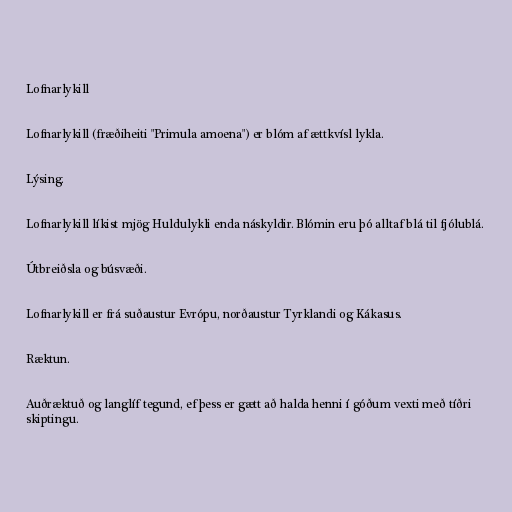
Lofnarlykill

Lofnarlykill (fræðiheiti "Primula amoena") er blóm af ættkvísl lykla.

Lýsing.

Lofnarlykill líkist mjög Huldulykli enda náskyldir. Blómin eru þó alltaf blá til fjólublá.

Útbreiðsla og búsvæði.

Lofnarlykill er frá suðaustur Evrópu, norðaustur Tyrklandi og Kákasus.

Ræktun.

Auðræktuð og langlíf tegund, ef þess er gætt að halda henni í góðum vexti með tíðri
skiptingu.